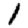
Digit: 1